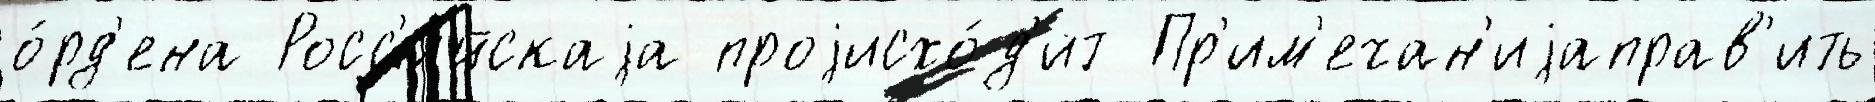
о́рд'ена Росс'и́йскаjа проjисхо́д'ит Пр'им'ечан'иjаправ'ить